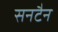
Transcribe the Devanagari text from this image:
सनटैन